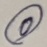
Text: 0